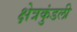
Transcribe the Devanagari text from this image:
क्षेत्रकुंडली